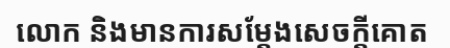
លោក និងមានការសម្តែងសេចក្តីគោត